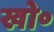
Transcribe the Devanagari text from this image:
खो॰